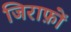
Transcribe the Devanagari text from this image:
जिराफ़ों